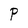
Character: P